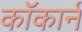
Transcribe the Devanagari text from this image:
कॉकार्न